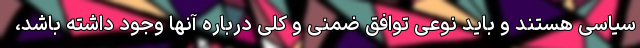
سیاسی هستند و باید نوعی توافق ضمنی و کلی درباره آنها وجود داشته باشد،